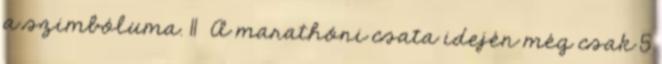
a szimbóluma. 11 A marathóni csata idején még csak 5